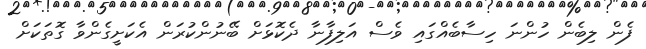
ފެން ލިބެން ހުންނަ ހިސާބެއްގައި ވެސް އަލިފާނާ ދެކޮޅަށް ބޭނުންކުރަން އެކަށީގެންވާ ގޮތަކަށް